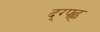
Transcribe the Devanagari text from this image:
द्ग्फ्ह्न